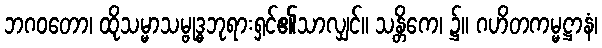
ဘဂဝတော၊ ထိုသမ္မာသမ္ဗုဒ္ဓဘုရားရှင်၏သာလျှင်။ သန္တိကေ၊ ၌။ ဂဟိတကမ္မဋ္ဌာနံ၊